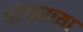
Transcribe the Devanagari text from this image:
पटेकरच्या